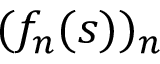
( f _ { n } ( s ) ) _ { n }